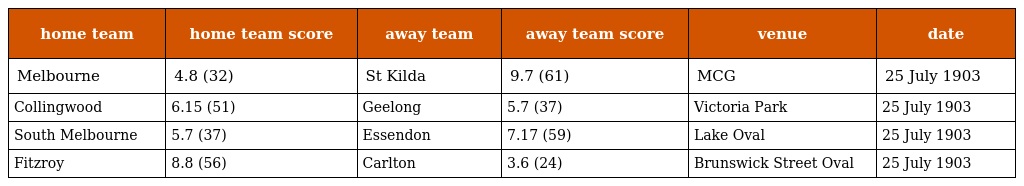
| home team | home team score | away team | away team score | venue | date |
 | --- | --- | --- | --- | --- | --- |
 | Melbourne | 4.8 (32) | St Kilda | 9.7 (61) | MCG | 25 July 1903 |
 | Collingwood | 6.15 (51) | Geelong | 5.7 (37) | Victoria Park | 25 July 1903 |
 | South Melbourne | 5.7 (37) | Essendon | 7.17 (59) | Lake Oval | 25 July 1903 |
 | Fitzroy | 8.8 (56) | Carlton | 3.6 (24) | Brunswick Street Oval | 25 July 1903 |